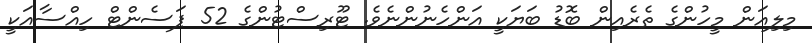
މިލިއަން މީހުންގެ ތެރެއިން ބޮޑު ބަޔަކީ އަންހެނުންނެވެ. ޓޫރިސްޓުންގެ 52 ޕަސެންޓް ހިއްސާއަކީ